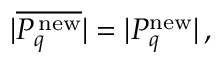
| \overline { { { P _ { q } ^ { \mathrm { \, n e w } } } } } | = | P _ { q } ^ { \mathrm { n e w } } | \, ,